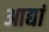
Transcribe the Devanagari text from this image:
आद्यां